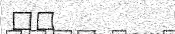
٩٩